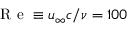
\mathrm { ~ R ~ e ~ } \equiv u _ { \infty } c / \nu = 1 0 0